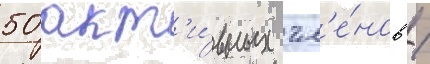
50 акт'и́вных чл'е́нов /